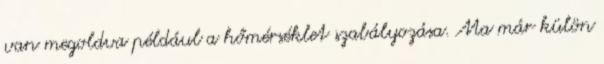
van megoldva például a hőmérséklet szabályozása. Ma már külön